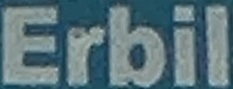
Erbil